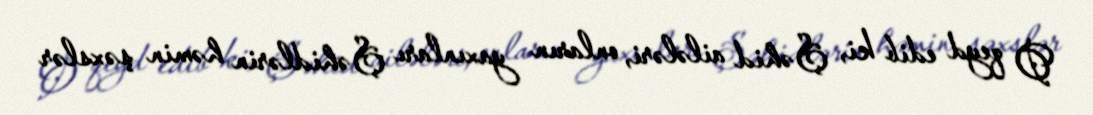
O qeyd edib ki, Şəhid ailələri, onların yaxınları Şəhidlərin həmin şəxslər